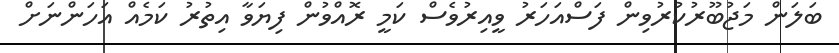
ބަލަން މަޖުބޫރުކުރުވިން ފަސްއަހަރު ވީއިރުވެސް ކަމީ ރޮއްވުން ފިޔަވާ އިތުރު ކަމެއް އަހަންނަށް